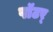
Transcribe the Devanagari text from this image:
पॉटर्